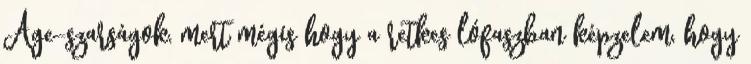
Age-szarságok, mert mégis hogy a retkes lófaszban képzelem, hogy